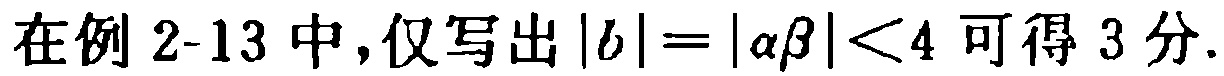
在例 2-13 中，仅写出\(|b| = |\alpha\beta| < 4\) 可得 3 分.